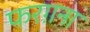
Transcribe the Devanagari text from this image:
फरग़ना